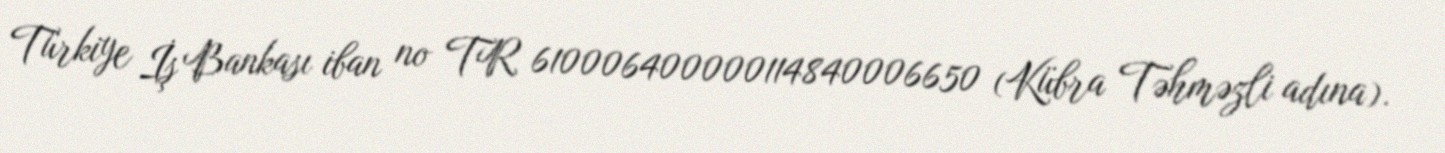
Türkiye İş Bankası iban no TR 610006400000114840006650 (Kübra Təhməzli adına).